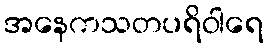
အနေကသတပရိဝါရေ